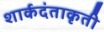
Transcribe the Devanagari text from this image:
शार्कदंताकृती